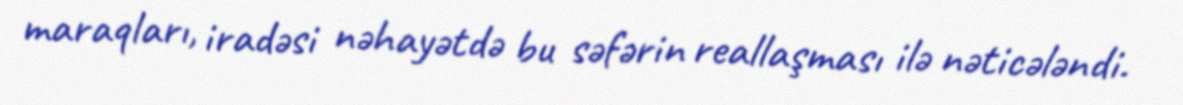
maraqları, iradəsi nəhayətdə bu səfərin reallaşması ilə nəticələndi.